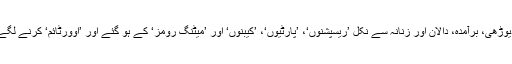
دیوڑھی، برآمدہ، دالان اور زنانہ سے نکل ’ریسپشنوں‘، ’پارٹیوں‘، ’کیبنوں‘ اور ’میٹنگ رومز‘ کے ہو گئے اور ’اوورٹائم‘ کرنے لگے۔